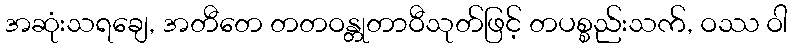
အဆုံးသရချေ, အတီတေ တတဝန္တုတာဝီသုတ်ဖြင့် တပစ္စည်းသက်, ဝဿ ဝါ